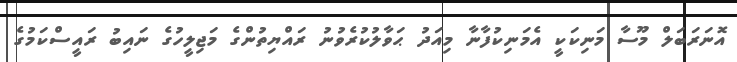
އޮނަރަބަލް މޫސާ މަނިކަކީ އެމަނިކުފާނާ މިއަދު ޙަވާލުކުރެވުނު ރައްޔިތުންގެ މަޖިލީހުގެ ނައިބު ރައީސްކަމުގެ